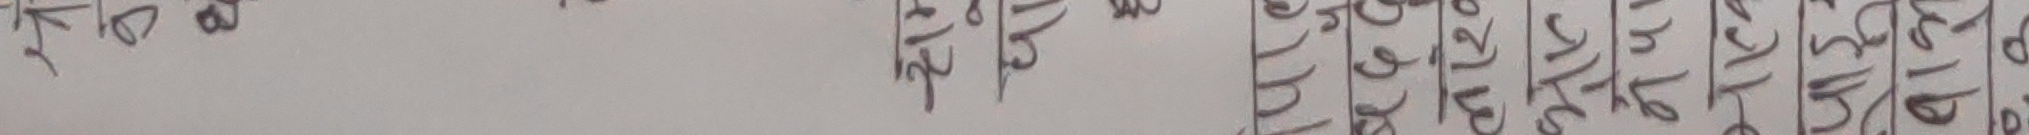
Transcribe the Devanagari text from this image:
३१३/०७९